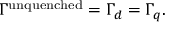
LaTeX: \Gamma ^ { \mathrm { u n q u e n c h e d } } = \Gamma _ { d } = \Gamma _ { q } .